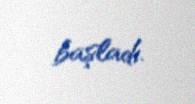
başladı.